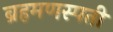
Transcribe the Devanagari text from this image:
ब्रहमणस्पती